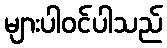
များပါဝင်ပါသည်